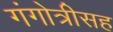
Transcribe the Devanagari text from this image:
गंगोत्रीसह